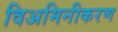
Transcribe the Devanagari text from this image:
विअमिनीकरण